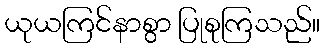
ယုယကြင်နာစွာ ပြုစုကြသည်။